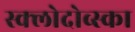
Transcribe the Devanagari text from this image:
स्क्लोदोव्स्का